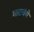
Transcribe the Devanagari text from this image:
मारावंथे